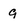
Character: 9